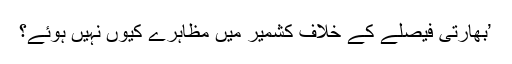
’بھارتی فیصلے کے خلاف کشمیر میں مظاہرے کیوں نہیں ہوئے؟